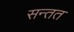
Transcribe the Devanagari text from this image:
सन्तत